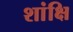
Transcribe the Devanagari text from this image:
शांक्षि